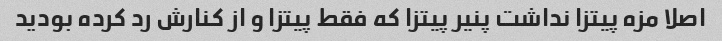
اصلا مزه پیتزا نداشت پنیر پیتزا که فقط پیتزا و از کنارش رد کرده بودید